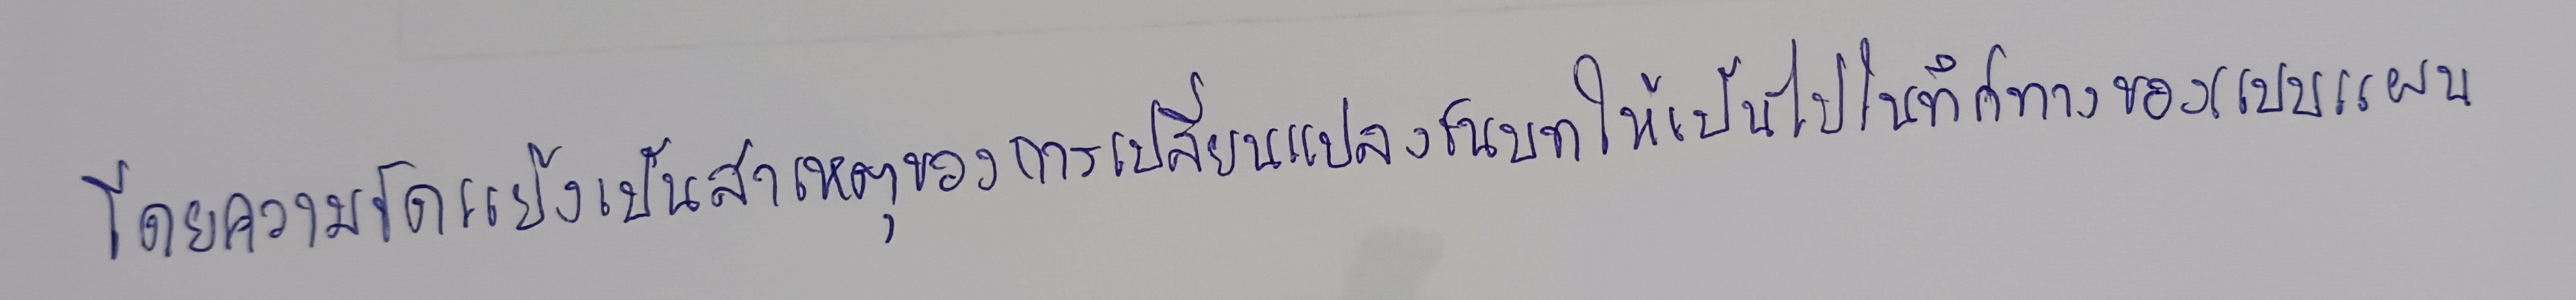
โดยความขัดแย้งเป็นสาเหตุของการเปลี่ยนแปลงชนบทให้เป็นไปในทิศทางของแบบแผน